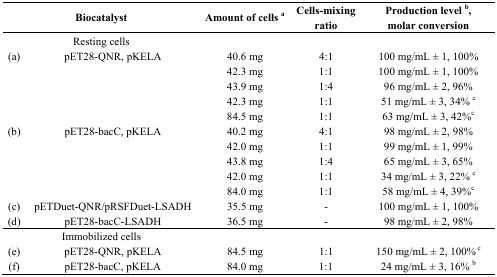
<table><thead><tr><td></td><td><b>Biocatalyst</b></td><td><b>Amount of cells a</b></td><td><b>Cells-mixing ratio</b></td><td><b>Production level b, molar conversion</b></td></tr></thead><tbody><tr><td></td><td>Resting cells</td><td></td><td></td><td></td></tr><tr><td>(a)</td><td>pET28-QNR, pKELA</td><td>40.6 mg</td><td>4:1</td><td>100 mg/mL ± 1, 100%</td></tr><tr><td></td><td></td><td>42.3 mg</td><td>1:1</td><td>100 mg/mL ± 1, 100%</td></tr><tr><td></td><td></td><td>43.9 mg</td><td>1:4</td><td>96 mg/mL ± 2, 96%</td></tr><tr><td></td><td></td><td>42.3 mg</td><td>1:1</td><td>51 mg/mL ± 3, 34% c</td></tr><tr><td></td><td></td><td>84.5 mg</td><td>1:1</td><td>63 mg/mL ± 3, 42%c</td></tr><tr><td>(b)</td><td>pET28-bacC, pKELA</td><td>40.2 mg</td><td>4:1</td><td>98 mg/mL ± 2, 98%</td></tr><tr><td></td><td></td><td>42.0 mg</td><td>1:1</td><td>99 mg/mL ± 1, 99%</td></tr><tr><td></td><td></td><td>43.8 mg</td><td>1:4</td><td>65 mg/mL ± 3, 65%</td></tr><tr><td></td><td></td><td>42.0 mg</td><td>1:1</td><td>34 mg/mL ± 3, 22% c</td></tr><tr><td></td><td></td><td>84.0 mg</td><td>1:1</td><td>58 mg/mL ± 4, 39%c</td></tr><tr><td>(c)</td><td>pETDuet-QNR/pRSFDuet-LSADH</td><td>35.5 mg</td><td>-</td><td>100 mg/mL ± 1, 100%</td></tr><tr><td>(d)</td><td>pET28-bacC-LSADH</td><td>36.5 mg</td><td>-</td><td>98 mg/mL ± 2, 98%</td></tr><tr><td></td><td>Immobilized cells</td><td></td><td></td><td></td></tr><tr><td>(e)</td><td>pET28-QNR, pKELA</td><td>84.5 mg</td><td>1:1</td><td>150 mg/mL ± 2, 100% c</td></tr><tr><td>(f)</td><td>pET28-bacC, pKELA</td><td>84.0 mg</td><td>1:1</td><td>24 mg/mL ± 3, 16% b</td></tr></tbody></table>